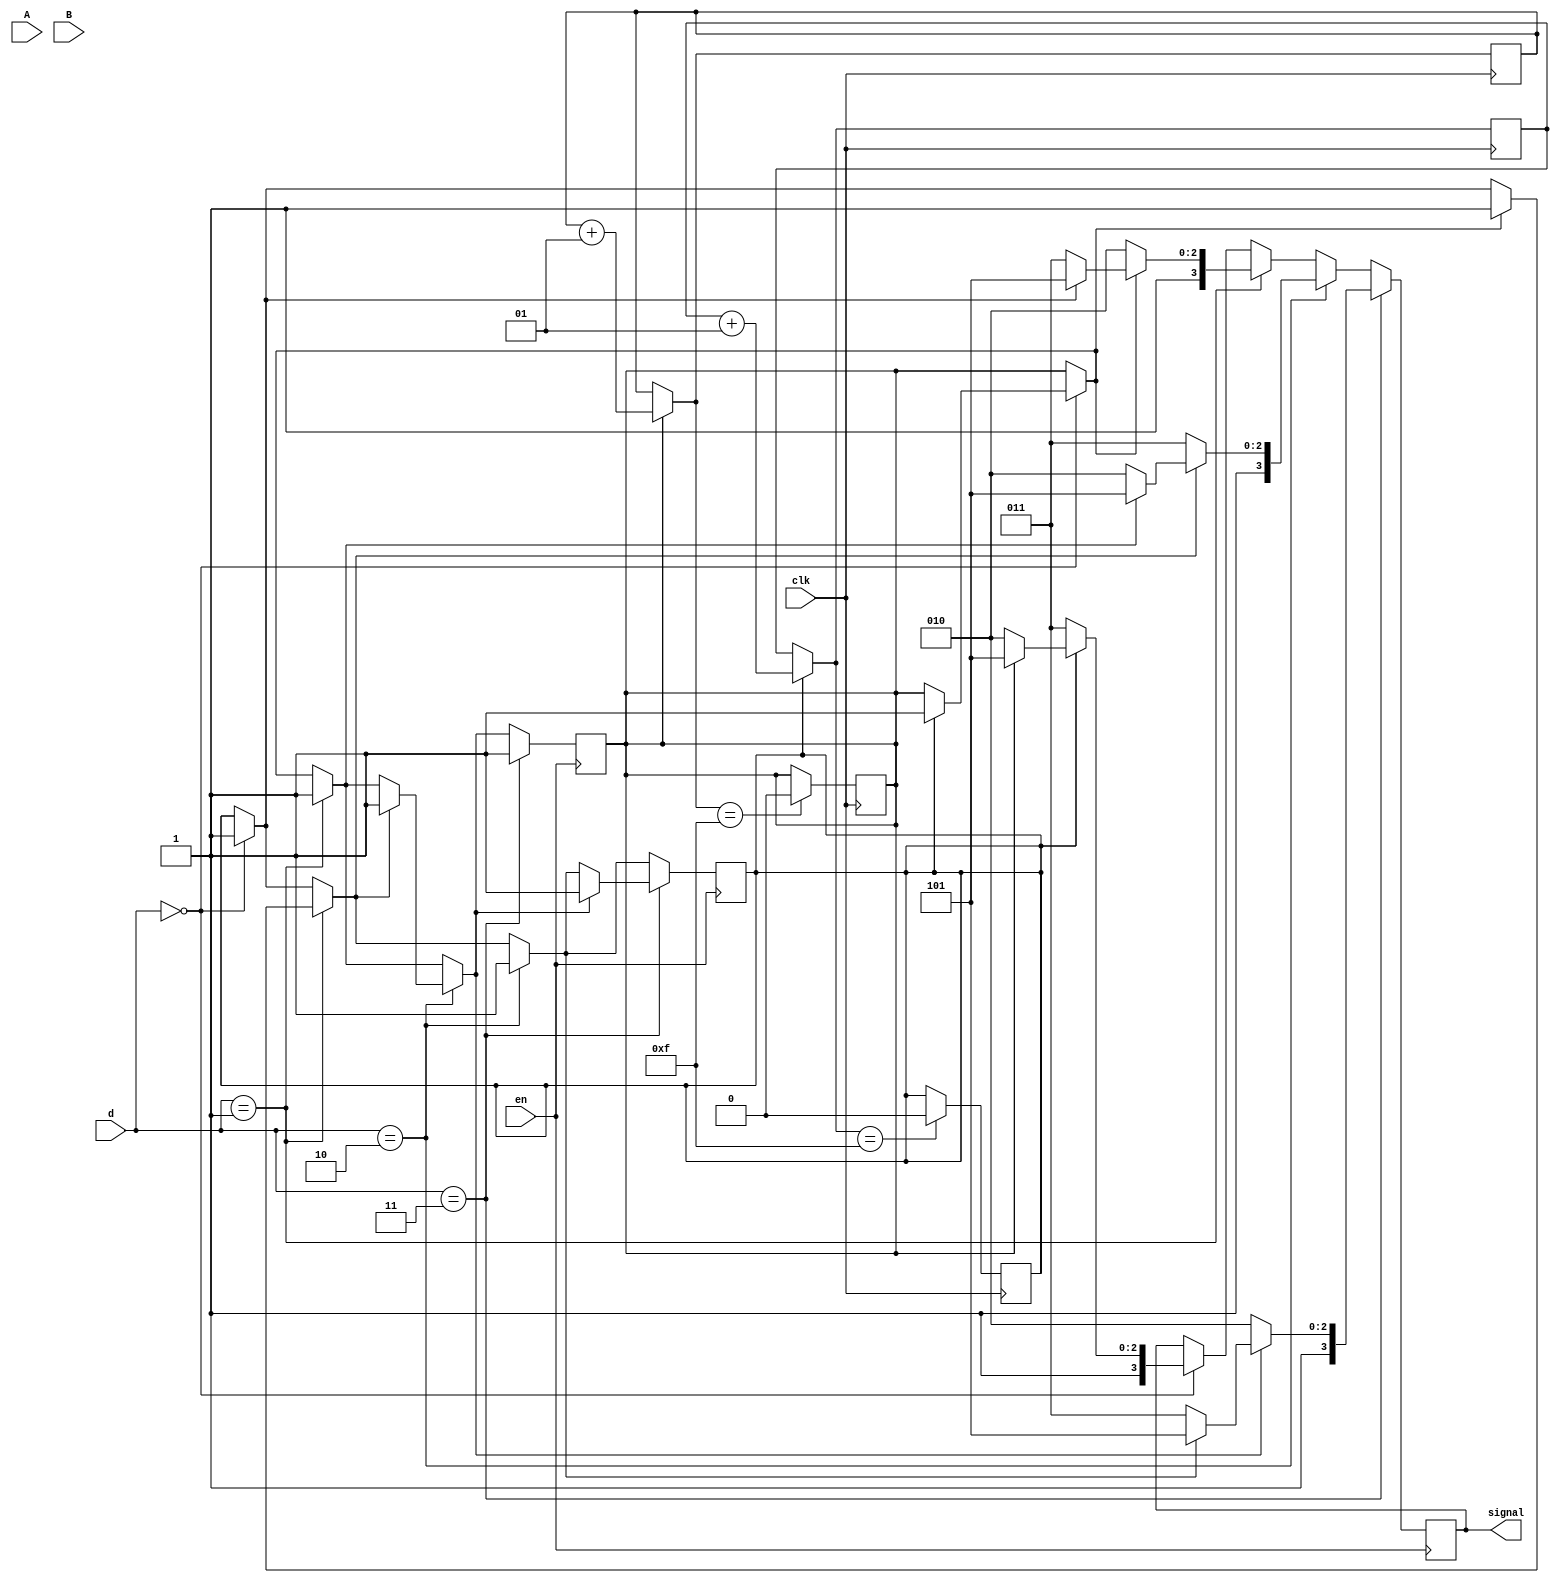
/********************************************
Behaviorial modelling of air traffic control system.

Airport description:
1)Airport contains two runways perpendicular to each other
2)Runway B faces E-W direction and Runway A faces N-S

Group Number:21

Member 1:
Name:Archit Pandey
Roll:16CO153

Member 2:
Name:Mohit Bhasi
ROll:16CO126
*********************************************/


module VerilogBM_126_153(d,A,B,clk,en,signal);

/********************************************
Inputs :
1) d-signifies direction of travel bits
   00-East,10-West,01-South,11-North
2) Clock
3) Enable pin

Ouputs :
1) signal-signifies the output generated by
   the curcuit

Other Variables:
1) a-signifies the current state of runway a
2) b-signifies the current state of runway 
3) counta-counter for runway a, counts till 15
   and clears the runway after that
4) countb-counter for runway b, counts till 15
   and clears the runway after that
********************************************/
	input [1:0] d;
	input A,B;
	input clk;
	input en;
	output reg [3:0]signal;
	reg a = 1'b0;
	reg b = 1'b0;
	integer counta = 0;
	integer countb = 0;

//The en signal is used to represent that an input has been given to the circuit. It is negative edge triggererd, 
//any change in the value signifies a new input and hence a new set of computations is carried out.

	always@(negedge en)
	begin
		if(d == 2'b00)				//Plane is heading in E-W Direction
			if(b == 0)				//Runway B is free
			begin
				signal = 4'b1011;	//Land on Runway B
				b = 1'b1;			//Make Runway B occupied for next set of inputs
			end
			else if(a == 0)			//Runway A is free
			begin
				signal = 4'b1010;	//Land on Runway A
				a = 1'b1;			//Make Runway A occupied for next set of inputs
			end
			else
				signal = 4'b1101;	//If none of the runways are available send the wait signal
		if(d == 2'b01)				//Plane is heading in W-E Direction
            if(a == 0)				//Runway A is free
			begin
                signal = 4'b1010;	//Land on Runway A
				a = 1'b1;			//Make Runway A occupied for next set of inputs
			end
            else if(b == 0)			//Runway B is free
			begin
                signal = 4'b1011;	//Land on Runway B
				b = 1'b1;			//Make Runway B occupied for next set of inputs
			end
            else
                signal = 4'b1101;	//If none of the runways are available send the wait signal
		if(d == 2'b10)				//Plane is heading in N-S Direction
            if(b == 0)				//Runway B is free
			begin
                signal = 4'b1011;	//Land on Runway B
				b = 1'b1;			//Make Runway B occupied for next set of inputs
			end
            else if(a == 0)			//Runway A is free
			begin
                signal = 4'b1010;	//Land on Runway A
				a = 1'b1;			//Make Runway A occupied for next set of inputs
			end
            else
                signal = 4'b1101;	//If none of the runways are available send the wait signal
		if(d == 2'b11)				//Plane is heading in S-N Direction
            if(a == 0)				//Runway A is free
			begin
                signal = 4'b1010;	//Land on Runway A
				a = 1'b1;			//Make Runway A occupied for next set of inputs
			end
            else if(b == 0)			//Runway B is free
			begin
                signal = 4'b1011;	//Land on Runway B
				b = 1'b1;			//Make Runway B occupied for next set of inputs
			end
            else
                signal = 4'b1101;	//If none of the runways are available send the wait signal
	end

//The below is an implementation of a counter that counts till 15, if a is occupied the timer for a starts likewise, if b is 
//occupied timer for b starts. The timers reset and the runways are made free once the count reaches 15.

	always@(posedge clk)
	begin
		if(a == 1)
            counta = counta + 1;
        if(b == 1)
            countb = countb + 1;
        if(counta == 15)
            a = 0;
        if(countb == 15)
            b = 0;
	end
endmodule